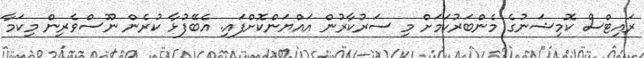
ރައިޓްސް ކޮމިޝަނުގެ މެންބަރުކަމަށް މި ސަރުކާރުން އައްޔަންކޮށްފައި. އެބޭފުޅާ ކުރެން ނޫސްވެރިން މިކަމާ